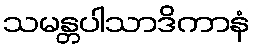
သမန္တပါသာဒိကာနံ